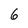
Character: 6